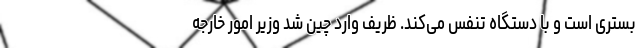
بستری است و با دستگاه تنفس می‌کند. ظریف وارد چین شد وزیر امور خارجه